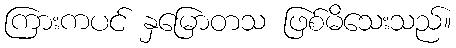
ကြားကပင် နှမြောတသ ဖြစ်မိသေးသည်။